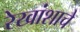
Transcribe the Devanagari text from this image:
रेखांशाचे